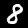
Digit: 8